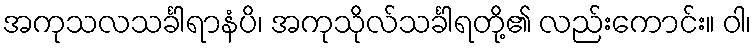
အကုသလသင်္ခါရာနံပိ၊ အကုသိုလ်သင်္ခါရတို့၏ လည်းကောင်း။ ဝါ၊